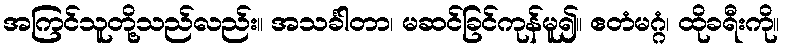
အကြင်သူတို့သည်လည်း။ အသင်္ခါတာ၊ မဆင်ခြင်ကုန်မူ၍။ ဧတံမဂ္ဂံ၊ ထိုခရီးကို။